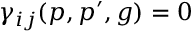
\gamma _ { i j } ( p , p ^ { \prime } , g ) = 0